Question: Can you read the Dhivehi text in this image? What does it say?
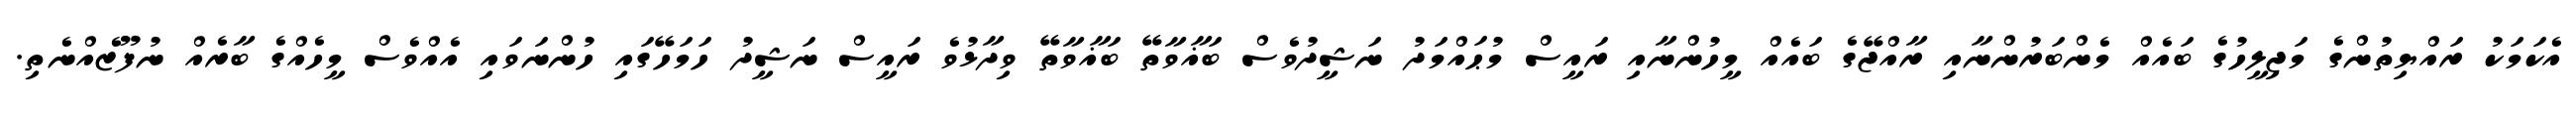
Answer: އެކަމަކު ރައްޔިތުންގެ މަޖިލީހުގެ ބައެއް މެންބަރުންނާއި ރާއްޖޭގެ ބައެއް މީހުންނާއި ރައީސް މުޙައްމަދު ނަޝީދުވެސް ބަޣާވާތޭ ބަޣާވާތޭ ވިދާޅުވެ ރައީސް ނަޝީދު ހަމަހޭގައި ހުންނަވައި އެއްވެސް މީހެއްގެ ބާރެއް ނުފޫޒެއްނެތި.